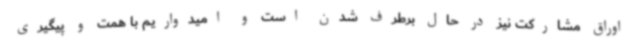
اوراق مشارکت نیز در حال برطرف شدن است و امیدواریم با همت و پیگیری